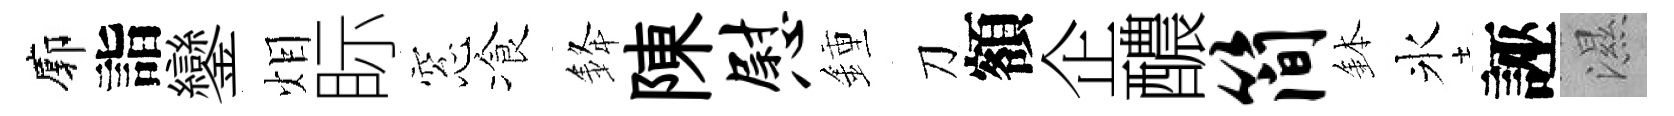
廓詣鑾𤇆眎窓飡𨦟陳慰鍾刀額企醲简鉢氷誣濕